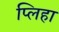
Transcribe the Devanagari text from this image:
प्लिहा